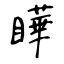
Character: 瞱